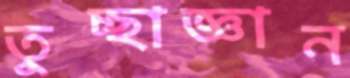
তুচ্ছাজ্ঞান